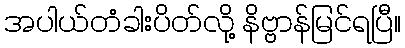
အပါယ်တံခါးပိတ်လို့ နိဗ္ဗာန်မြင်ရပြီ။